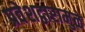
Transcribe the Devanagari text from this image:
प्रवेशद्वारामुळे